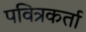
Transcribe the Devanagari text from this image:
पवित्रकर्ता